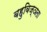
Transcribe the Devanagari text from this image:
बहुविज्ञता